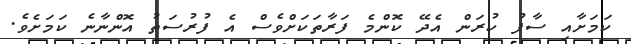
ކަމަށާއި ސާފު ކުރަން އެދޭ ކޮންމެ ފަރާތަކަށްވެސް އެ ފުރުސަތު އޮންނާނެ ކަމަށެވެ.